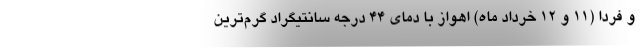
و فردا (۱۱ و ۱۲ خرداد ماه) اهواز با دمای ۴۴ درجه سانتیگراد گرم‌ترین